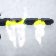
ঘটক